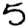
Digit: 5